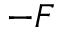
- F